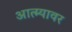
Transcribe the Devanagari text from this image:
आत्म्यावर